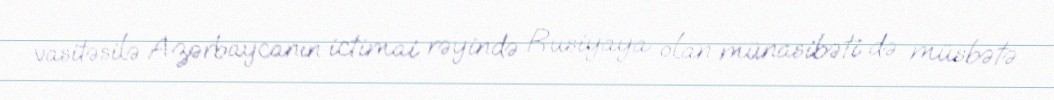
vasitəsilə Azərbaycanın ictimai rəyində Rusiyaya olan münasibəti də müsbətə